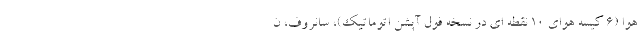
هوا (۶ کیسه هوای ۱۰ نقطه ای در نسخه فول آپشن اتوماتیک)، سانروف، ن